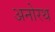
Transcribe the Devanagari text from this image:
अनोरथ